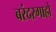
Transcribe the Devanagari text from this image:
बरंदरगाहों